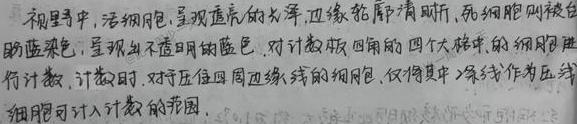
视野中，活细胞呈透明色，呈现透亮的光泽，边缘轮廓清晰，死细胞则被台盼蓝染色，呈现为不透明的蓝色。对计数板四角的四个大格中的细胞进行计数，计数时，对于压在四周边缘上的细胞，仅将其中2条线作为压线细胞可计入计数的范围。